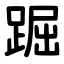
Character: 䠇